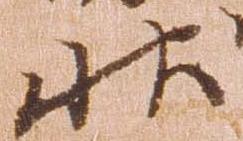
状